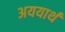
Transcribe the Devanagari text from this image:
अययार्थ